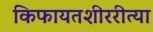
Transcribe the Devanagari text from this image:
किफायतशीररीत्या